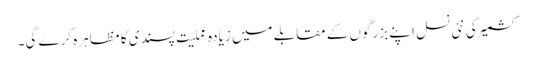
کشمیر کی نئی نسل اپنے بزرگوں کے مقابلے میں زیادہ عملیت پسندی کا مظاہرہ کرے گی۔